Civil Veterinary Dept. Bombay admin report 1923-31 - 1923-1931
Year: 1923
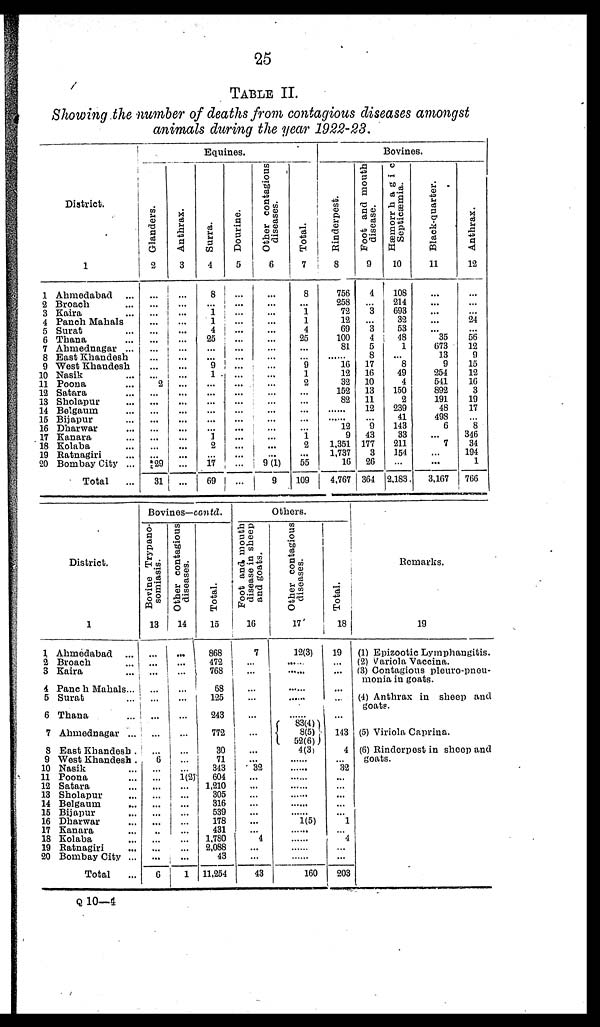
25
TABLE
II.
Showing
the number
of deaths
from
contagious
diseases
amongst
animals
during
the year
1922-23.
District.
1
1 Ahmedabad ...
2 Broach ...
3 Kaira ...
4 Panch Mahals
5 Surat ...
6 Thana ...
7 Ahmednagar ...
8 East Khandesh
9 West Khandesh
10 Nasik ...
11 Poona ...
12 Satara ...
13 Sholapur ...
14 Belgaum ...
15 Bijapur ...
16 Dharwar ...
17 Kanara ...
18 Kolaba ...
19 Ratnagiri ...
20 Bombay City ...
Total
...
Equines.
Glanders.
2
...
...
...
...
...
...
...
...
...
...
2
...
...
...
......
...
...
...
...
29
31
Anthrax.
3
...
...
...
...
...
...
...
...
...
...
...
...
...
...
...
...
...
...
...
...
...
Surra.
4
8
...
1
1
4
25
...
...
9
1
...
...
...
...
...
...
1
2
...
17
69
Dourine.
5
...
i
...
...
......
...
...
...
...
...
...
...
...
...
...
...
...
....
...
...
...
Other contagious
diseases.
6
...
...
...
...
...
...
...
...
...
...
...
...
...
...
...
...
...
...
...
9 (1)
9
Total.
7
8
1
1
4
25
...
...
9
1
2
...
...
...
...
...
1
2
...
55
109
Bovines.
Rinderpest.
8
756
258
72
12
69
100
81
...
16
12
32
152
82
...
...
12
9
1,351
1,737
16
4,767
Foot and mouth
disease.
9
4
...
3
...
3
4
5
8
17
16
10
13
11
12
...
9
43
177
3
26
364
Hæmorrhagic
Septicæmia.
10
108
214
693
32
53
48
1
...
8
49
4
150
2
239
41
143
33
211
154
...
2,183
Black-quarter.
11
...
...
...
...
...
35
673
13
9
254
541
892
191
48
498
6
...
7
...
....
3.167
Anthrax.
12
...
...
...
24
...
56
12
9
15
12
16
3
19
17
...
8
346
34
194
1
766
District.
1
1 Ahmedabad ...
2 Broach ...
3 Kaira ...
4 Panch Mahals ...
5 Surat ...
6 Thana ...
7 Ahmednagar ...
8 East Khandesh .
9 West Khandesh .
10 Nasik ...
11 Poona ...
12 Satara ...
13 Sholapur ...
14 Belgaum ...
15 Bijapur ...
16 Dharwar ...
17 Kanara ...
18 Kolaba ...
19 Ratnagiri ...
20 Bombay City ...
Total
Bovines—contd.
Bovine Trypano-
somiasis.
13
... I
...
...
...
...
...
...
...
...
6
...
...
...
...
...
...
...
...
...
...
...
6
Other contagious
diseases.
14
...
... ...
...
...
...
...
...
...
...
1(2)
...
...
...
...
...
...
...
...
...
1
Total.
15
868
472
768
68
125
243
772
30
71
343
604
1,210
305
316
539
178
431
1,780
2,088
43
11,254
Others.
Foot and mouth
disease in sheep
and goats.
16
7
...
...
...
...
...
...
...
...
32
...
...
...
...
...
...
...
4
...
...
43
Other contagious
diseases.
17
12(3)
......
83(4)
8(5)
52(6) 4(3)
......
......
......
......
.....
......
1(5)
......
.....
......
......
160
Total.
18
19
...
...
...
...
... ...
143
4
...
32
...
...
...
...
...
1
...
4
...
...
203
Remarks.
19
(1) Epizootic Lymphangitis.
(2) Variola Vaccina.
(3) Contagious pleuro-pneu-
monia in goats.
(4) Anthrax in sheep and
goats.
(5) Viriola Caprina.
(6) Rinderpest in sheep and
goats.
Q 10—4